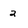
Character: 2